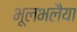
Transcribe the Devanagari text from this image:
भूलभलैया